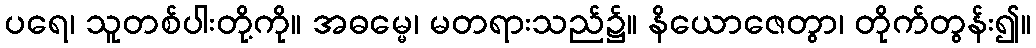
ပရေ၊ သူတစ်ပါးတို့ကို။ အဓမ္မေ၊ မတရားသည်၌။ နိယောဇေတွာ၊ တိုက်တွန်း၍။